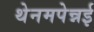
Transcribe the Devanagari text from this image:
थेनमपेन्नई